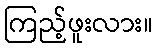
ကြည့်ဖူးလား။